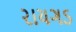
રાયગડ